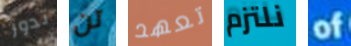
تدور تن تعهد نلتزم of